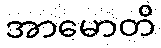
အာမောတိ